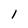
Character: 1